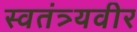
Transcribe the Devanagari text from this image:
स्वतंत्र्यवीर